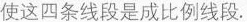
使这四条线段是成比例线段。